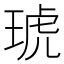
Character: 琥